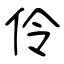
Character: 伶